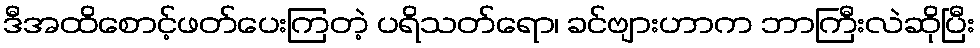
ဒီအထိစောင့်ဖတ်ပေးကြတဲ့ ပရိသတ်ရော၊ ခင်ဗျားဟာက ဘာကြီးလဲဆိုပြီး